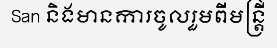
San និងមានការចូលរួមពីមន្ត្រី